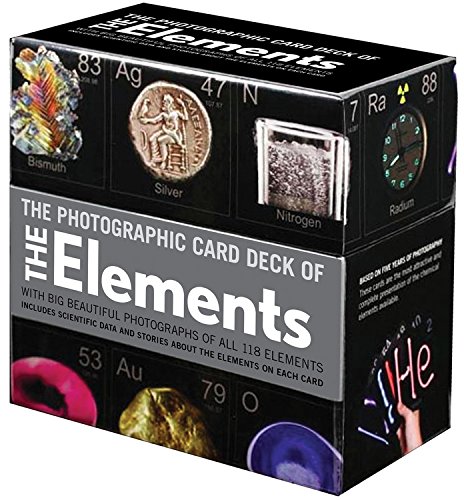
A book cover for Photographic Card Deck of The Elements: With Big Beautiful Photographs of All 118 Elements in the Periodic Table; Theodore Gray; Science & Math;